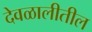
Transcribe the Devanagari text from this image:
देवळालीतील